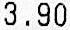
3.90